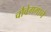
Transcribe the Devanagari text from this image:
चौवेगगाने